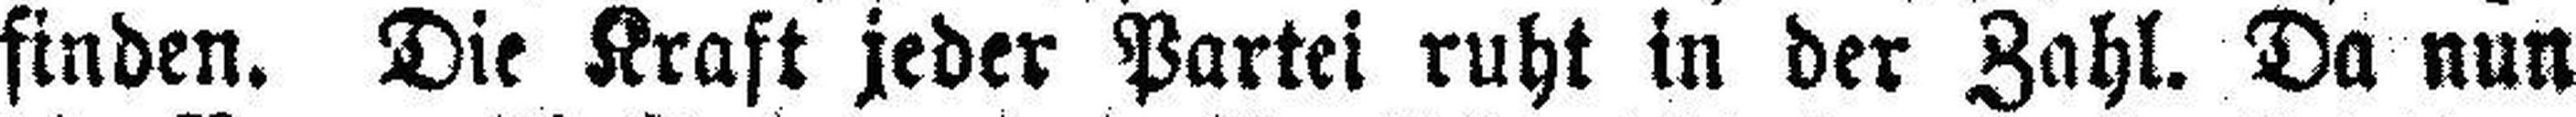
finden. Die Kraft jeder Partei ruht in der Zahl. Da nun